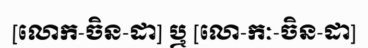
[លោក-ចិន-ដា] ឬ [លោ-កៈ-ចិន-ដា]